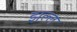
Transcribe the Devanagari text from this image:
झल्ल